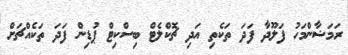
ރަމަޟާންމަހު ފަލޫދާ ފަދަ ތަކެތި އަދި ޗޮކްލެޓް ބިސްކިޓް ޕުޑިން ފަދަ ތަކެއްޗަށް